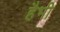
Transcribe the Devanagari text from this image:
हैभी